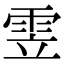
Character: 雴